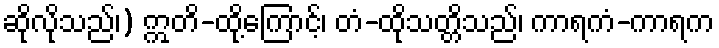
ဆိုလိုသည်၊) ဣတိ-ထို့ကြောင့်၊ တံ-ထိုသတ္တိသည်၊ ကာရကံ-ကာရက